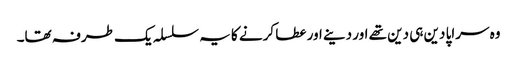
وہ سراپا دین ہی دین تھے اور دینے اور عطا کرنے کا یہ سلسلہ یک طرفہ تھا۔